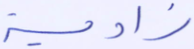
زاوية